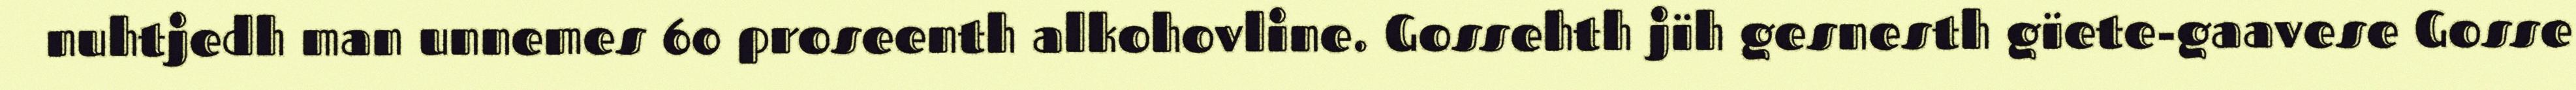
nuhtjedh man unnemes 60 proseenth alkohovline. Gossehth jïh gesnesth gïete-gaavese Gosse